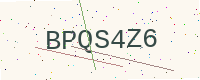
Text: BPQS4Z6